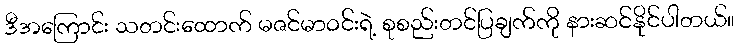
ဒီအကြောင်း သတင်းထောက် မဇင်မာဝင်းရဲ့ စုစည်းတင်ပြချက်ကို နားဆင်နိုင်ပါတယ်။